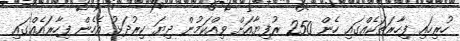
ހުރިހައި ފިހާރަތަކެއްގައި ހެން 250 ރުފިޔާއަށް ވިއްކަމުން ދިޔަ ކިރުދަޅު އެހެން ފިހާރައެއްގައި